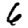
Digit: 6